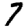
Digit: 7